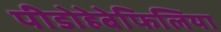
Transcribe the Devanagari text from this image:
पीडोहेबेफिलिया